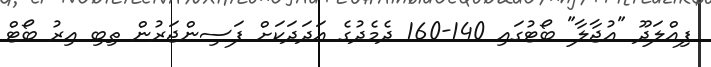
ފިއްލަދޫ "އުޖާލާ" ބޯޓުގައި 140-160 ދެމެދުގެ އަދަދަކަށް ފަސިންޖަރުން ތިބި އިރު ބޯޓް